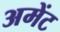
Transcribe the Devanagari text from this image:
अमेंट